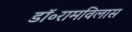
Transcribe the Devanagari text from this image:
डॉ॰रामविलास